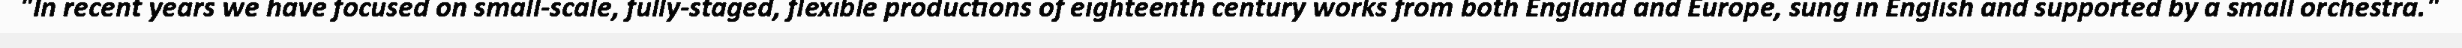
"In recent years we have focused on small-scale, fully-staged, flexible productions of eighteenth century works from both England and Europe, sung in English and supported by a small orchestra."